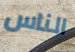
الناس